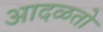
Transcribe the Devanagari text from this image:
आदळतो